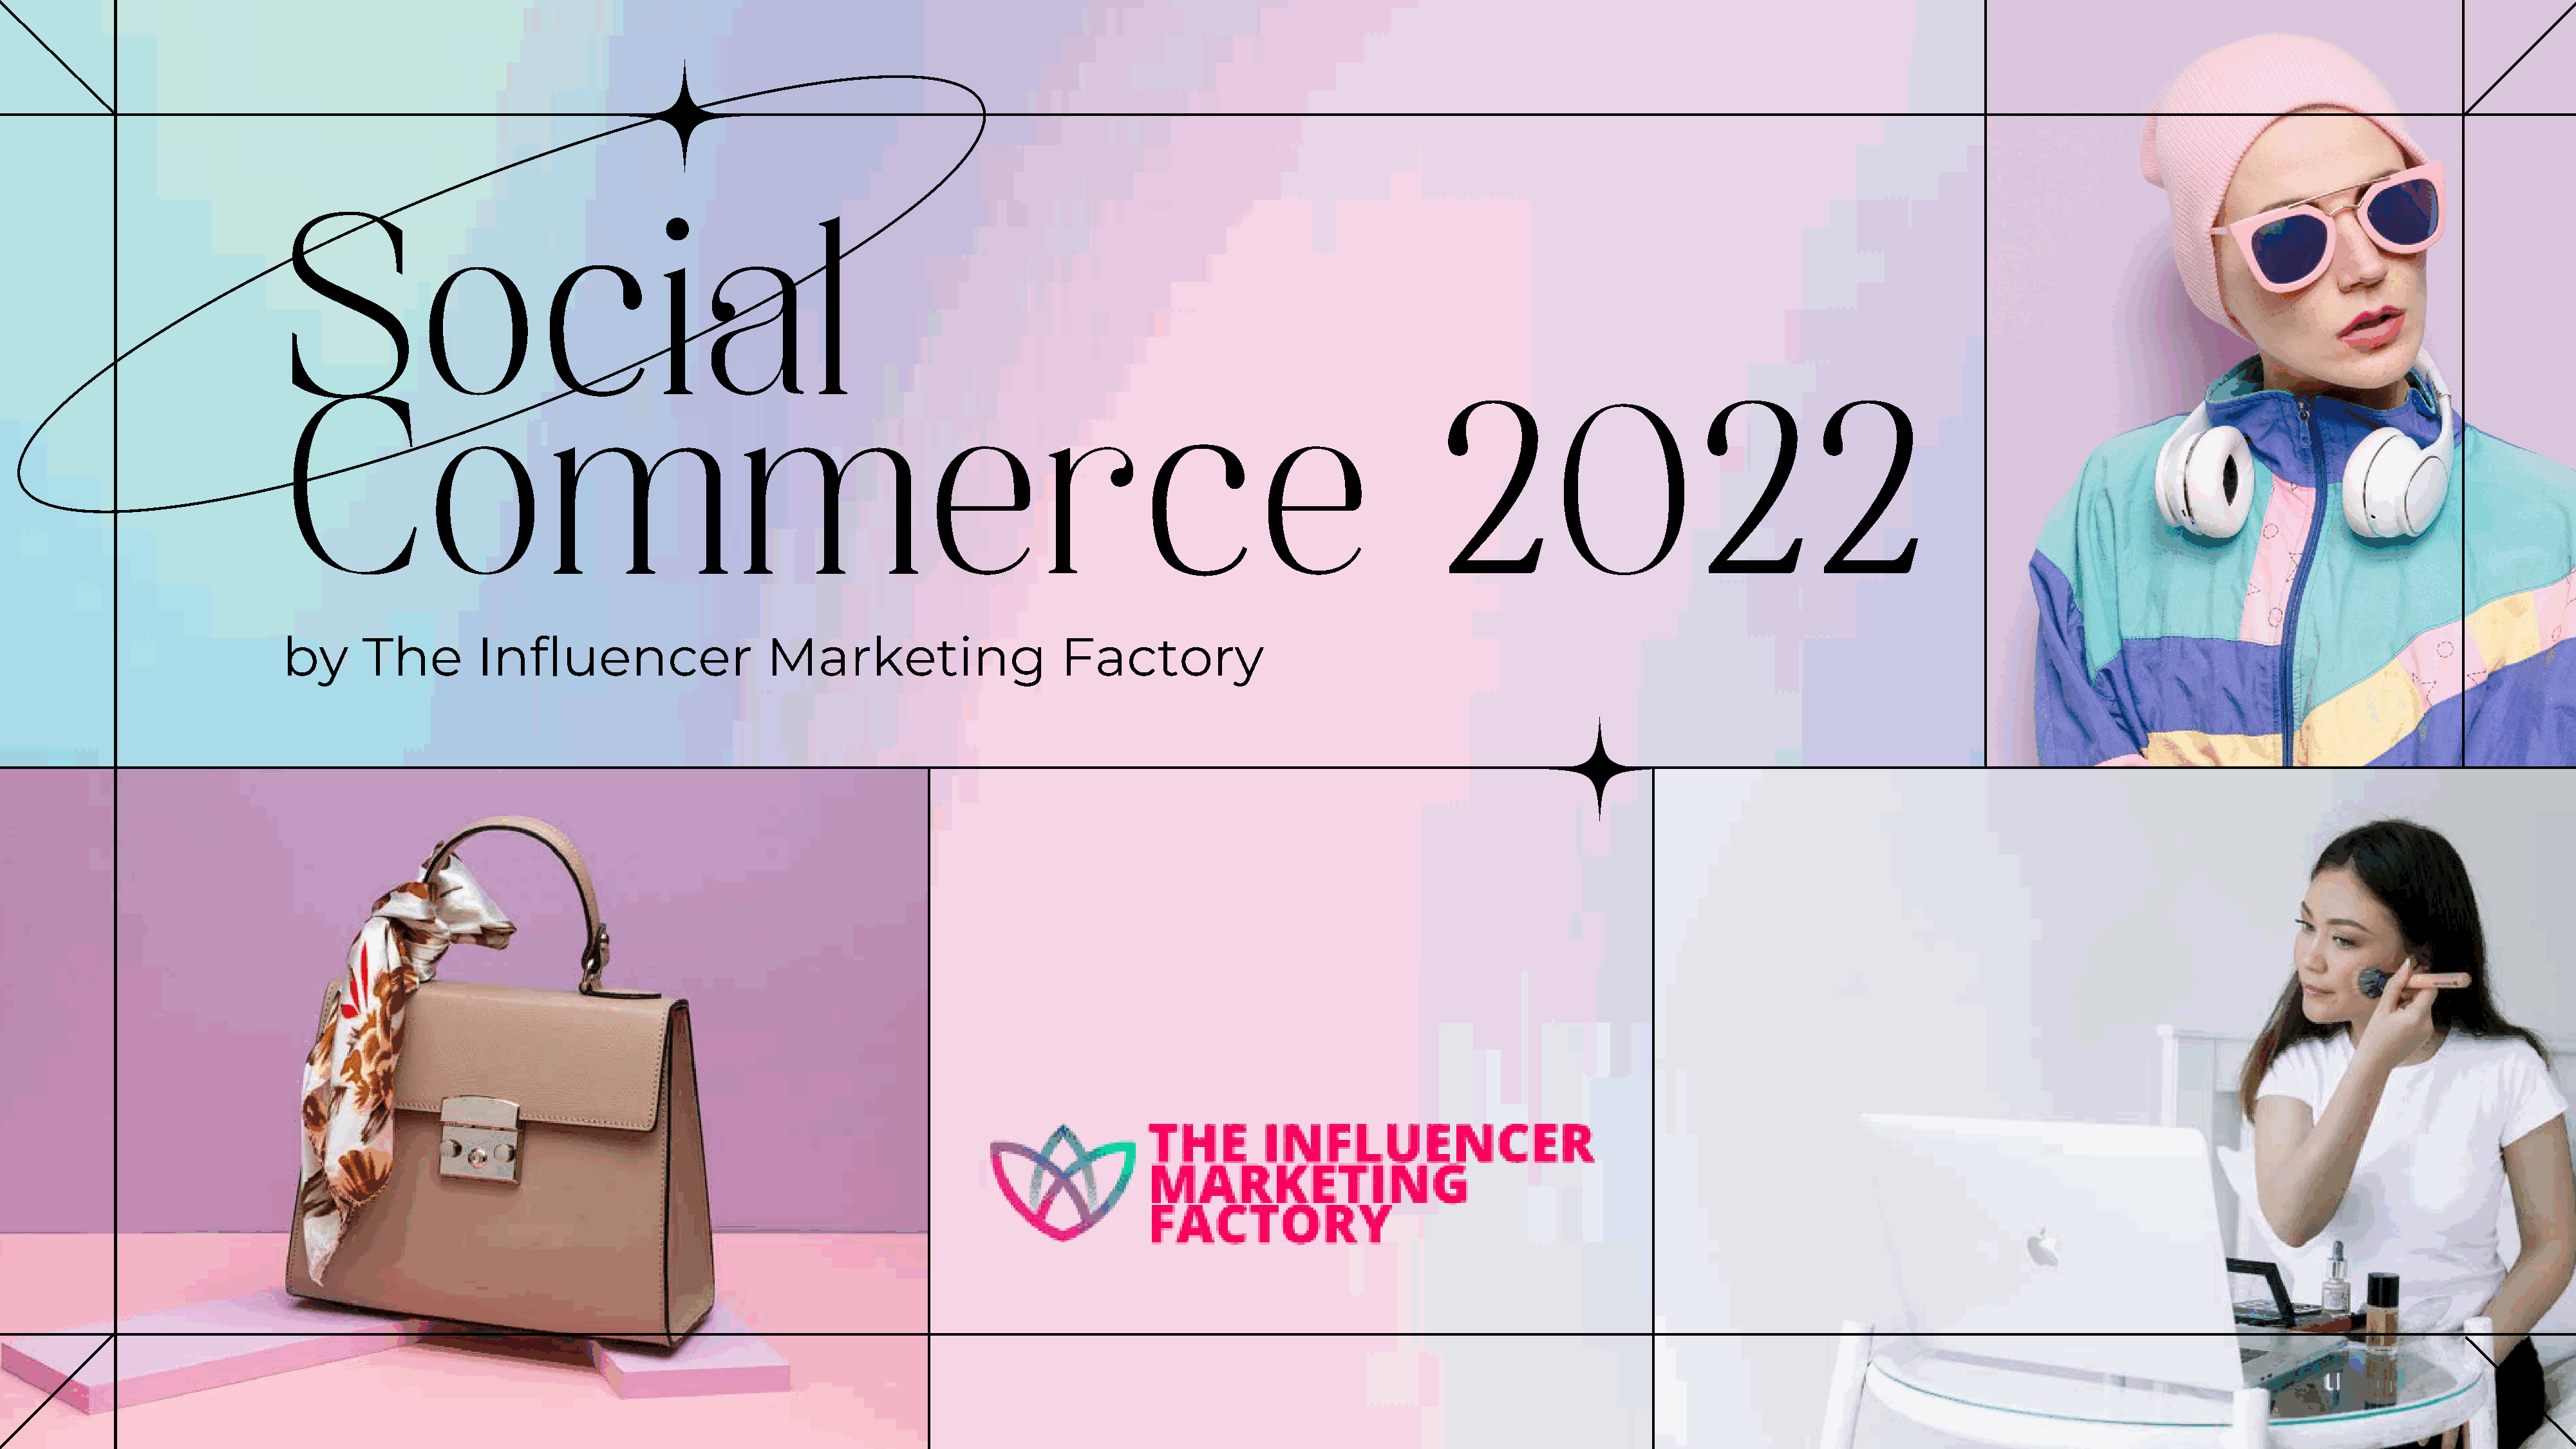
Social
 Commerce                                                                                                               2022
 by      The         Influencer                    Marketing                     Factory